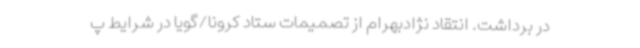
در برداشت. انتقاد نژادبهرام از تصمیمات ستاد کرونا/گویا در شرایط پ